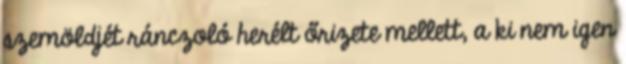
szemöldjét ránczoló herélt őrizete mellett, a ki nem igen